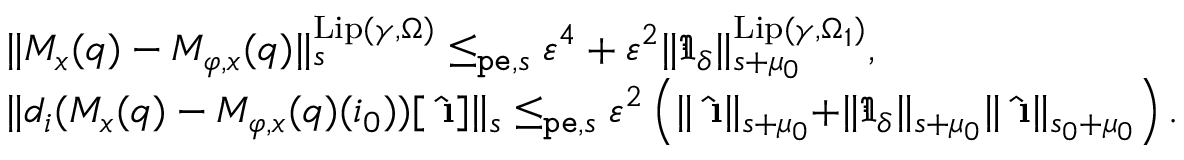
\begin{array} { r l } & { \rVert M _ { x } ( q ) - M _ { \varphi , x } ( q ) \rVert _ { s } ^ { \mathrm { L i p } ( \gamma , \Omega ) } \le _ { \mathtt { p e } , s } \varepsilon ^ { 4 } + \varepsilon ^ { 2 } \rVert \mathfrak { I } _ { \delta } \rVert _ { s + \mu _ { 0 } } ^ { \mathrm { L i p } ( \gamma , \Omega _ { 1 } ) } , } \\ & { \rVert d _ { i } ( M _ { x } ( q ) - M _ { \varphi , x } ( q ) ( i _ { 0 } ) ) [ \hat { \textbf { \i } } ] \rVert _ { s } \le _ { \mathtt { p e } , s } \varepsilon ^ { 2 } \left( \rVert \hat { \textbf { \i } } \rVert _ { s + \mu _ { 0 } } + \rVert \mathfrak { I } _ { \delta } \rVert _ { s + \mu _ { 0 } } \rVert \hat { \textbf { \i } } \rVert _ { s _ { 0 } + \mu _ { 0 } } \right) . } \end{array}